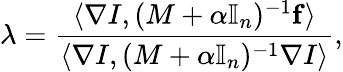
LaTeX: \lambda=\frac{\langle\nabla I,(M+\alpha\mathbb I_{n})^{-1}\mathbf f\rangle}{\langle\nabla I,(M+\alpha\mathbb I_{n})^{-1}\nabla I\rangle},